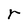
Character: r